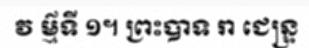
វ ម៌្មទី ១។ ព្រះបាទ រា ជេន្ទ្រ